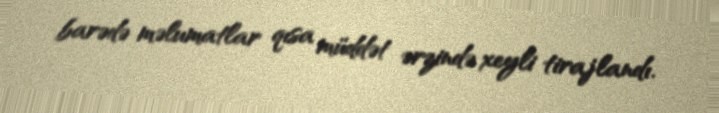
barədə məlumatlar qısa müddət ərzində xeyli tirajlandı.